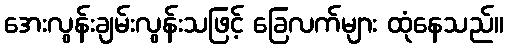
အေးလွန်းချမ်းလွန်းသဖြင့် ခြေလက်များ ထုံနေသည်။